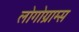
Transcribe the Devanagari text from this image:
लोगोग्राम्स